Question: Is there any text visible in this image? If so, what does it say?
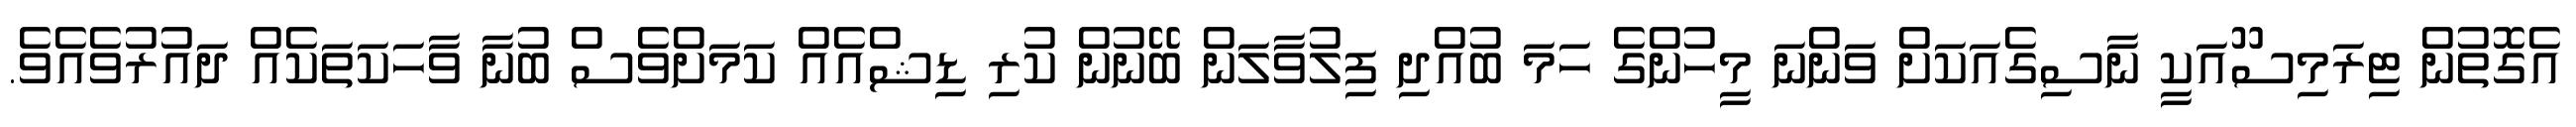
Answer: އެގޮތުން ޓިރަމިސޫއަކީ ނާސިގެއަކަށް ވަންނަ މީހުންގެ ހަމަ ބުއްދި ފިލުވާލަން ބޭނުން ކުރި ޑިޝްއެއް ކަމަށްވެސް ބުނާ ވާހަކަތަކެއް ދައުރުވެއެވެ.